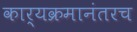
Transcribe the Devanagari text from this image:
कार्यक्रमानंतरच